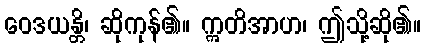
ဝေဒယန္တိ၊ ဆိုကုန်၏။ ဣတိအာဟ၊ ဤသို့ဆို၏။